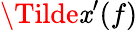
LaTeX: \Tilde{\mathit{x}}^{\prime}(f)